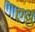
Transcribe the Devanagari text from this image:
एब्रु